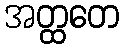
အတ္ထတေ